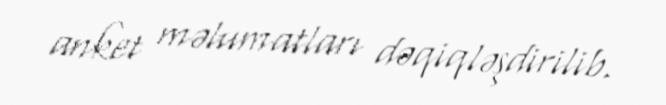
anket məlumatları dəqiqləşdirilib.